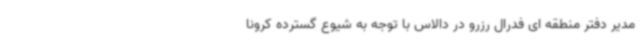
مدیر دفتر منطقه ای فدرال رزرو در دالاس با توجه به شیوع گسترده کرونا